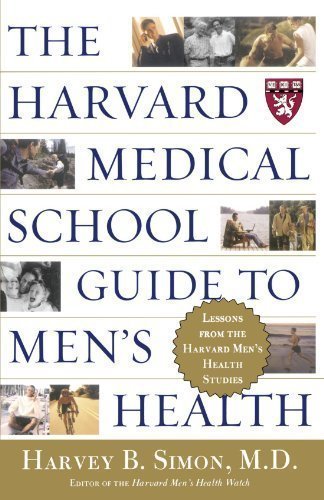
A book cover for The Harvard Medical School Guide to Men's Health: Lessons from the Harvard Men's Health Studies by Simon, Harvey B. unknown Edition [Paperback(2004)]; Education & Teaching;